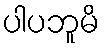
ပါပဘူမိ